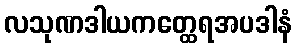
လသုဏဒါယကတ္ထေရအပဒါနံ